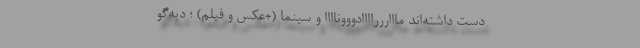
دست داشته‌اند ماااررراااادوووناااا و سینما (+عکس و فیلم) ؛ دیه‌گو